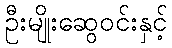
ဦးမျိုးဆွေဝင်းနှင့်